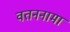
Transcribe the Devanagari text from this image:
वतननामा